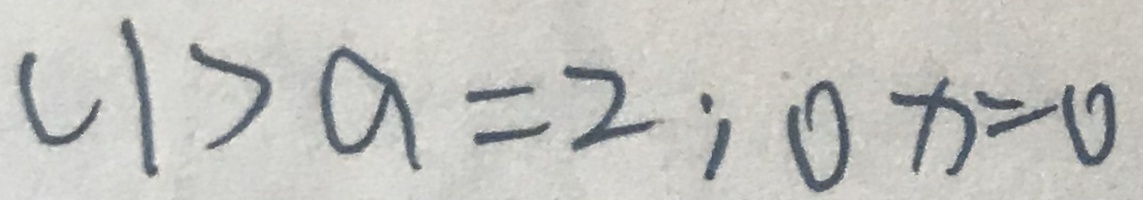
( 1 ) a = 2 ; 0 x = 0